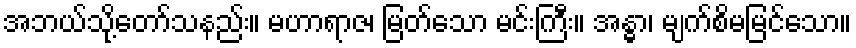
အဘယ်သို့တော်သနည်း။ မဟာရာဇ၊ မြတ်သော မင်းကြီး။ အန္ဓာ၊ မျက်စိမမြင်သော။